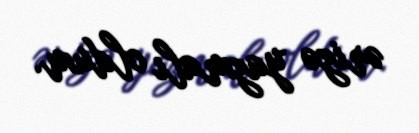
ərizə yazmalı oldum.